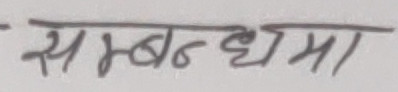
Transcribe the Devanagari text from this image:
सम्बन्धमा